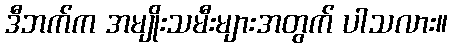
ဒီဘက်က အမျိုးသမီးများအတွက် ပါသလား။